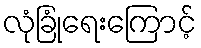
လုံခြုံရေးကြောင့်